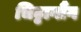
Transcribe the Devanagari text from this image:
चिट्टागौंग